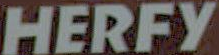
HERFY